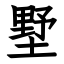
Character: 墅